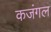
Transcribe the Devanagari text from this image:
कजंगल